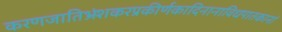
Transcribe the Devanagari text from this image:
करणजातिभ्रंशकरप्रकीर्णकादिनानाविधपातकानां